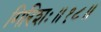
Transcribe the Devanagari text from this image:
गिरिशः॥१८॥